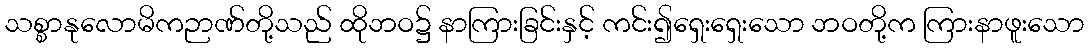
သစ္စာနုလောမိကဉာဏ်တို့သည် ထိုဘဝ၌ နာကြားခြင်းနှင့် ကင်း၍ရှေးရှေးသော ဘဝတို့က ကြားနာဖူးသော